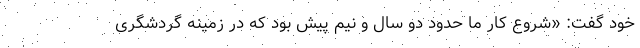
خود گفت: «شروع کار ما حدود دو سال و نیم پیش بود که در زمینه گردشگری